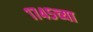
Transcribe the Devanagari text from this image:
१७४५च्या